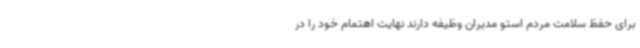
برای حفظ سلامت مردم استو مدیران وظیفه دارند نهایت اهتمام خود را در